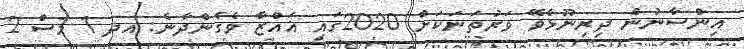
އިންސާނުން ދިރިނޫޅެވޭ ވަރުތަނަކަށް 2020ގައި ޣައްޒާ ވެގެންދާނެ: އދ 1 މަސް 2